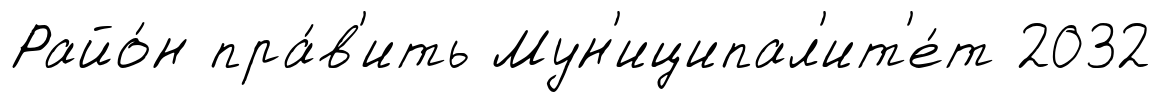
Райо́н пра́в'ить Мун'иципал'ит'е́т 2032